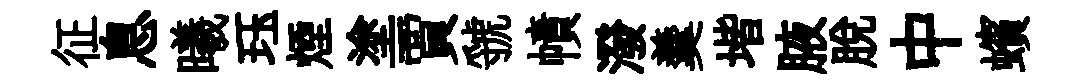
征息曦珏煙塗賈虢幘潑羹堦腋脫中蠙